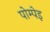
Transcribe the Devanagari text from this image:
पोम्पेइ